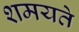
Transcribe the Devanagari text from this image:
शमयते